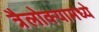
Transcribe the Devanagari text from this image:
त्रैलोक्यामध्ये